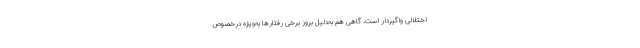
اختلالی واگیردار است، گاهی هم به‌دلیل بروز برخی رفتارها به‌ویژه درخصوص